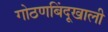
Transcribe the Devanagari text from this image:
गोठणबिंदूखाली